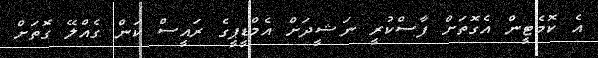
އެ ކޮމެޓީން އެގޮތަށް ފާސްކުރީ ނަޝީދަށް އެމްޑީޕީގެ ރައީސް ކަން ގެއްލޭ ގޮތަށް